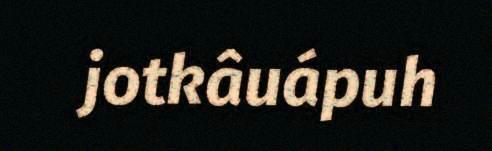
jotkâuápuh